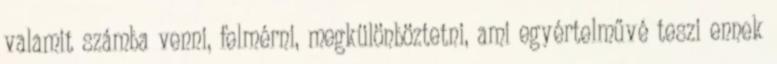
valamit számba venni, felmérni, megkülönböztetni, ami egyértelművé teszi ennek